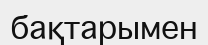
бақтарымен